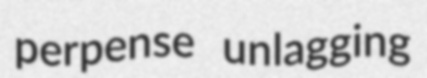
perpense unlagging